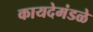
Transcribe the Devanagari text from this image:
कायदेमंडळे